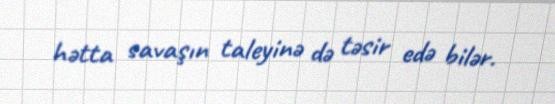
hətta savaşın taleyinə də təsir edə bilər.